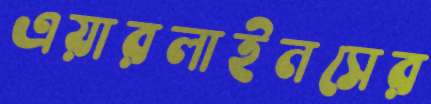
এয়ারলাইনসের